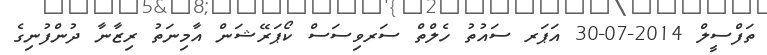
ތަފްސީލް 2014-07-30 އަޕަރ ސައުތު ހެލްތް ސަރވިސަސް ކޯޕަރޭޝަން އާމިނަތު ރިޒާނާ ދުންފުނިގެ